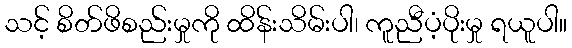
သင့် စိတ်ဖိစည်းမှုကို ထိန်းသိမ်းပါ၊ ကူညီပံ့ပိုးမှု ရယူပါ။